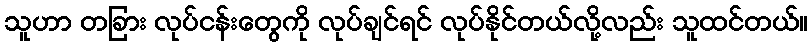
သူဟာ တခြား လုပ်ငန်းတွေကို လုပ်ချင်ရင် လုပ်နိုင်တယ်လို့လည်း သူထင်တယ်။